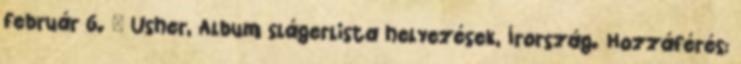
február 6. ↑ Usher, Album slágerlista helyezések, Írország. Hozzáférés: